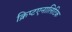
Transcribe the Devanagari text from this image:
क्रिप्टएनालिटिक